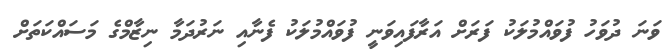
ވަނަ ދުވަހު ފުވައްމުލަކު ފަރަށް އަރާފައިވަނީ ފުވައްމުލަކު ފެނާއި ނަރުދަމާ ނިޒާމްގެ މަސައްކަތަށް